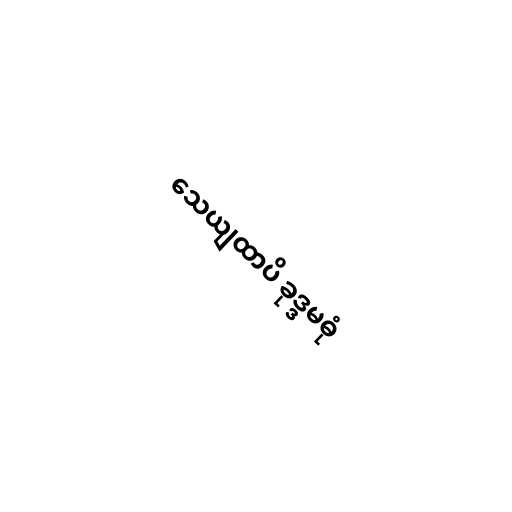
သေယျထာပိ ခုဒ္ဒမဓုံ